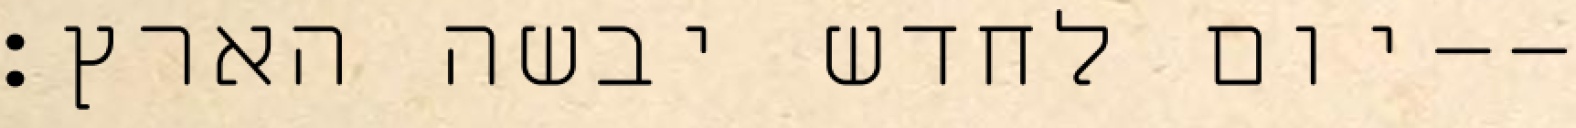
יום לחדש יבשה הארץ׃--